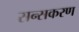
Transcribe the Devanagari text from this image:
सन्सकरण